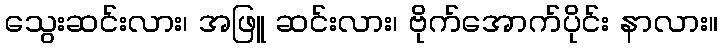
သွေးဆင်းလား၊ အဖြူ ဆင်းလား၊ ဗိုက်အောက်ပိုင်း နာလား။